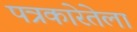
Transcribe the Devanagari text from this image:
पत्रकारेतेला